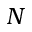
N